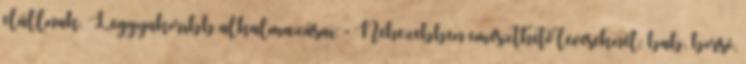
elállnak. Leggyakoribb alkalmazásai: - Nehezebben emészthető leveseknél: bab, borsó,